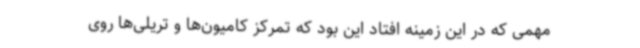
مهمی که در این زمینه افتاد این بود که تمرکز کامیون‌ها و تریلی‌ها روی